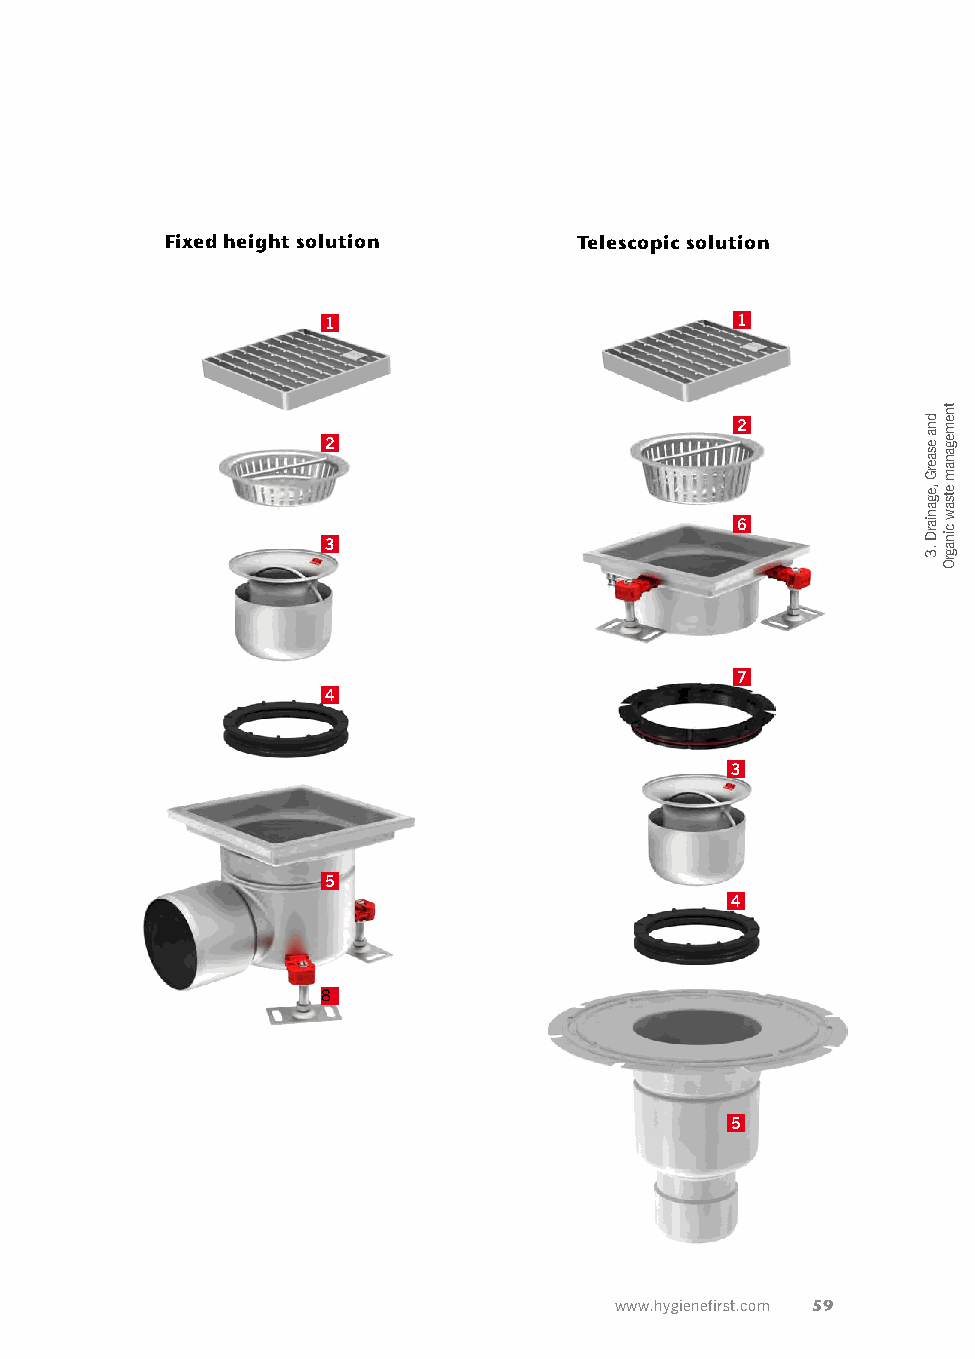
Fixed height solution      Telescopic solution
 1                          1
 2
 2
 6
 3
 7
 4
 3
 5
 4
 8
 5
 www.hygienefirst.com 59
 dna
 esaerG
 ,eganiarD
 .3
 tnemeganam
 etsaw
 cinagrO